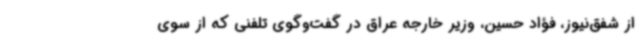
از شفق‌نیوز، فؤاد حسین، وزیر خارجه عراق در گفت‌وگوی تلفنی که از سوی